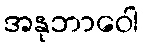
အနုဘာဝေါ